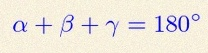
\alpha+\beta+\gamma=180^\circ